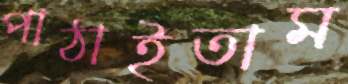
পাঠাইতাম